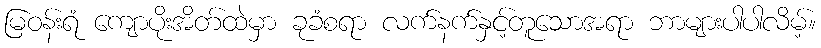
မြဝန်းရံ ကျောပိုးအိတ်ထဲမှာ ခုခံစရာ လက်နက်နှင့်တူသောအရာ ဘာများပါပါလိမ့်။